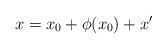
LaTeX: \begin{align*} x = x_0 + \phi(x_0) + x' \end{align*}